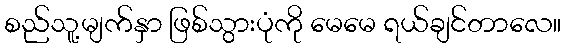
စည်သူ့မျက်နှာ ဖြစ်သွားပုံကို မေမေ ရယ်ချင်တာလေ။